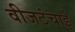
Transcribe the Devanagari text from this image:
वीजटंचाई